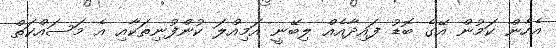
އެހެން ކަމުން އޭގެ ބޮޑު ފައިދާއެއް ލިބޭނީ އަމިއްލަ ކުންފުނިތަކާއި އެ މަސައްކަތް